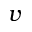
v